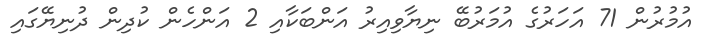
އުމުރުން 71 އަހަރުގެ އުމަރުބޭ ނިޔާވިއިރު އަންބަކާއި 2 އަންހެން ކުދިން ދުނިޔޭގައި